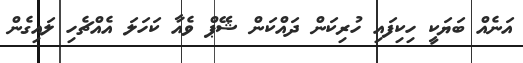
އަނެއް ބަޔަކީ ހިކިފައި ހުރިކަން ދައްކަން ޝޭޕް ވެއާ ކަހަލަ އެއްޗެހި ލައިގެން